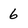
Character: 6